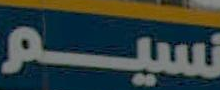
نسيم